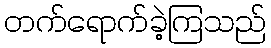
တက်ရောက်ခဲ့ကြသည်